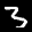
Label: 3